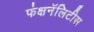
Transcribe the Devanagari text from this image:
फंक्षनॅलिटीस